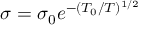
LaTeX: \sigma = \sigma _ { 0 } e ^ { - ( T _ { 0 } / T ) ^ { 1 / 2 } }